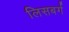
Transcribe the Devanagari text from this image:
लिसबर्ग